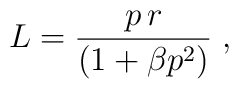
L = \frac{ p\,r }{(1+\beta p^2)}\;,